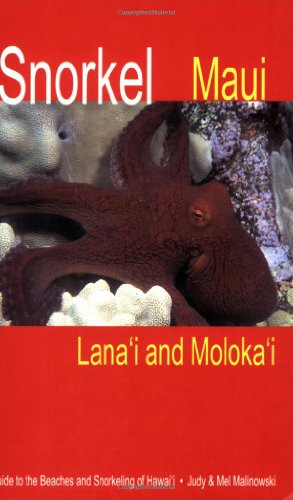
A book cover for Snorkel Maui Lanai and Molokai Guide to the Beaches and Snorkeling of Hawaii; Judy Malinowski; Travel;